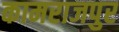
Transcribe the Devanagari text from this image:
कामराजपुर